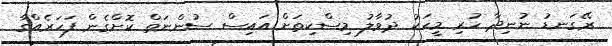
ރޭގަނޑު ނުނިދާ ހުރި މީހަކު ދުވާލު މިސްކިތަށް އައިސް ސުންނަތް ކޮށްގެން ފަހަރެއްގާ